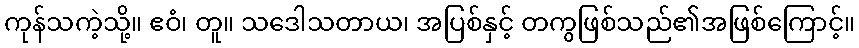
ကုန်သကဲ့သို့။ ဧဝံ၊ တူ။ သဒေါသတာယ၊ အပြစ်နှင့် တကွဖြစ်သည်၏အဖြစ်ကြောင့်။